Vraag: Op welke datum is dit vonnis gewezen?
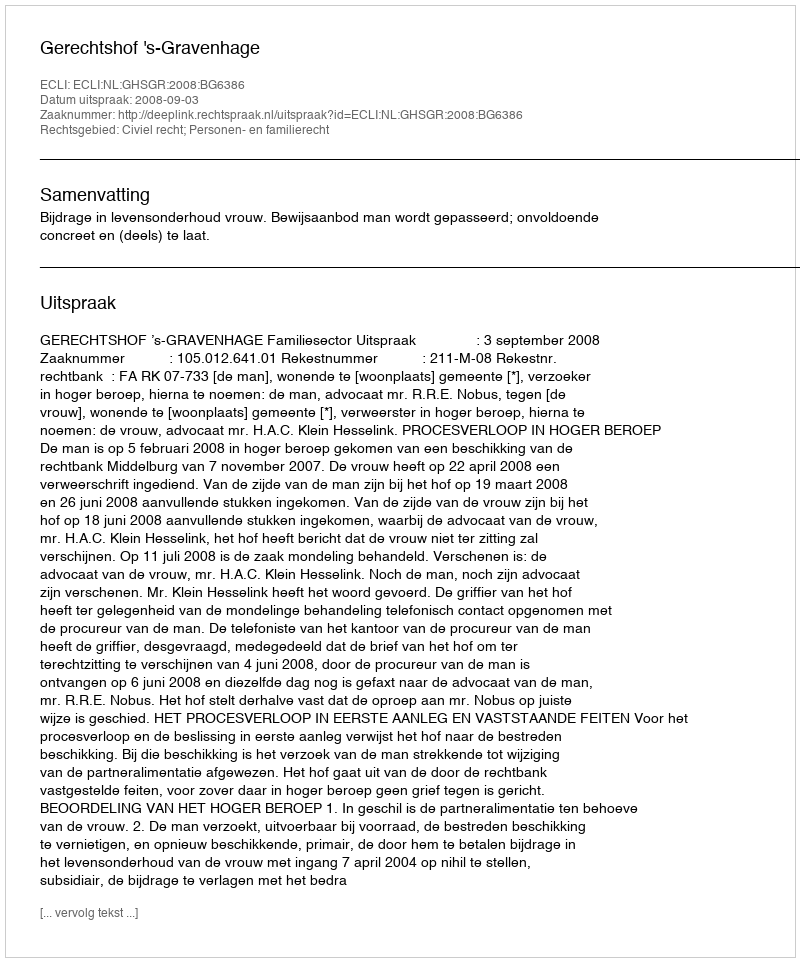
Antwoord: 2008-09-03